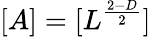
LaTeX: [A]=[L^{\frac{2-D}{2}}]